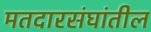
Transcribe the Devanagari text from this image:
मतदारसंघांतील